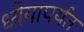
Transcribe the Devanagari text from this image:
ध्येयापर्यंत